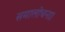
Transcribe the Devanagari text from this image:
समालोचना।